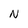
Character: N